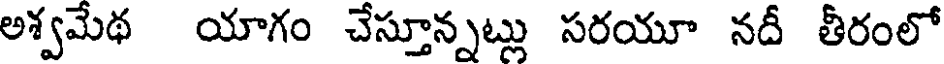
అశ్వమేథ యాగం చేస్తూన్నట్లు సరయూ నదీ తీరంలో